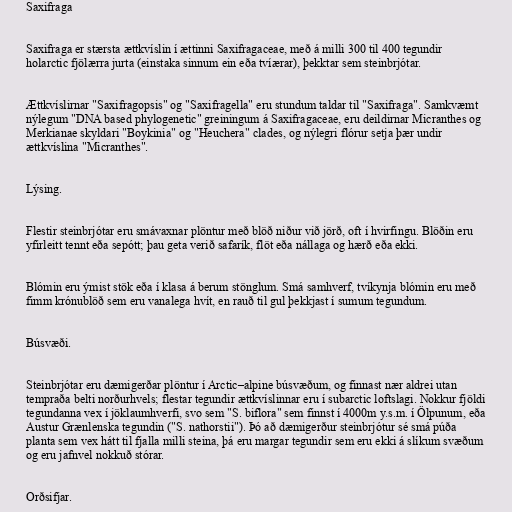
Saxifraga

Saxifraga er stærsta ættkvíslin í ættinni Saxifragaceae, með á milli 300 til 400 tegundir
holarctic fjölærra jurta (einstaka sinnum ein eða tvíærar), þekktar sem steinbrjótar.

Ættkvíslirnar "Saxifragopsis" og "Saxifragella" eru stundum taldar til "Saxifraga". Samkvæmt
nýlegum "DNA based phylogenetic" greiningum á Saxifragaceae, eru deildirnar Micranthes og
Merkianae skyldari "Boykinia" og "Heuchera" clades, og nýlegri flórur setja þær undir
ættkvíslina "Micranthes".

Lýsing.

Flestir steinbrjótar eru smávaxnar plöntur með blöð niður við jörð, oft í hvirfingu. Blöðin eru
yfirleitt tennt eða sepótt; þau geta verið safarík, flöt eða nállaga og hærð eða ekki.

Blómin eru ýmist stök eða í klasa á berum stönglum. Smá samhverf, tvíkynja blómin eru með
fimm krónublöð sem eru vanalega hvít, en rauð til gul þekkjast í sumum tegundum.

Búsvæði.

Steinbrjótar eru dæmigerðar plöntur í Arctic–alpine búsvæðum, og finnast nær aldrei utan
tempraða belti norðurhvels; flestar tegundir ættkvíslinnar eru í subarctic loftslagi. Nokkur fjöldi
tegundanna vex í jöklaumhverfi, svo sem "S. biflora" sem finnst í 4000m y.s.m. í Ölpunum, eða
Austur Grænlenska tegundin ("S. nathorstii"). Þó að dæmigerður steinbrjótur sé smá púða
planta sem vex hátt til fjalla milli steina, þá eru margar tegundir sem eru ekki á slíkum svæðum
og eru jafnvel nokkuð stórar.

Orðsifjar.